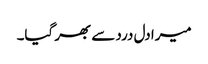
میرا دل درد سے بھر گیا۔